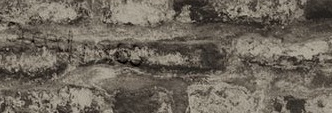
SpeedLimit60